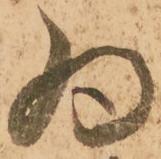
為